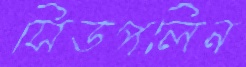
সিডপলিন